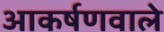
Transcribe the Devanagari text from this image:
आकर्षणवाले